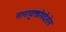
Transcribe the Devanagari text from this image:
नानायुक्तोपदेशेन